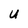
Character: U